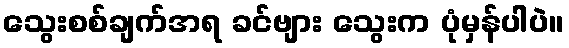
သွေးစစ်ချက်အရ ခင်ဗျား သွေးက ပုံမှန်ပါပဲ။